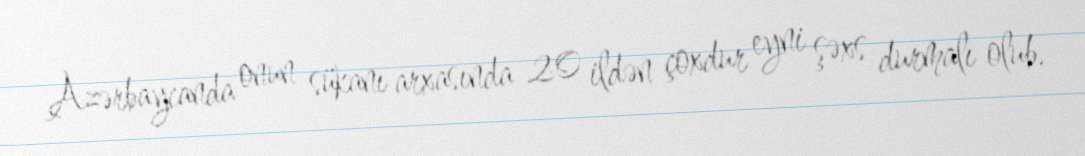
Azərbaycanda onun sükanı arxasında 20 ildən çoxdur eyni şəxs durmalı olub.